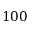
1 0 0